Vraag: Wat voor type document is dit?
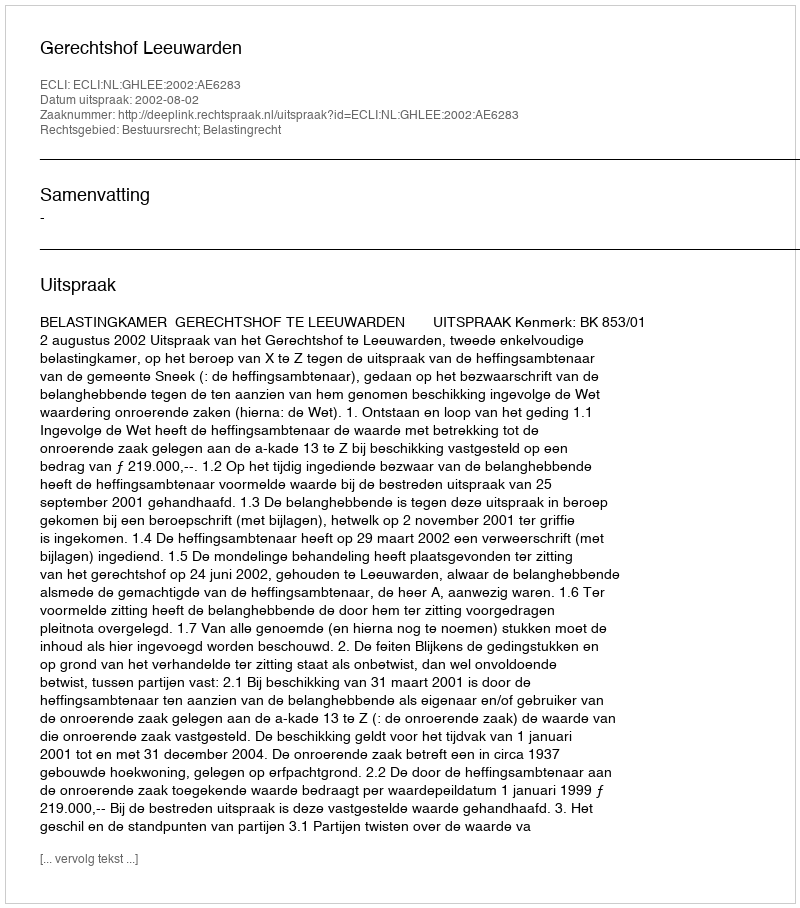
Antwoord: Uitspraak